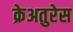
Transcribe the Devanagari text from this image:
क्रेअतुरेस